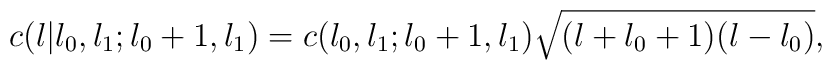
c(l|l_{0},l_{1};l_{0}+1,l_{1}) = c(l_{0},l_{1};l_{0}+1,l_{1})\sqrt{(l+l_{0}+1)(l-l_{0})},